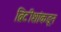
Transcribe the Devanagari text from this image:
ब्रिटीशांकडून